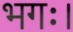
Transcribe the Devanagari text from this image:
भगः।